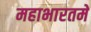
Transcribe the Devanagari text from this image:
महाभारतमे